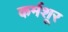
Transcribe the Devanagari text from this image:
कर्मशूर